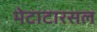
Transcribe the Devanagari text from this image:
मेटाटारसल